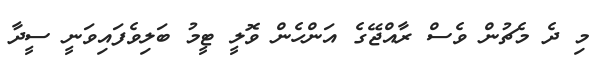
މި ދެ މެޗުން ވެސް ރާއްޖޭގެ އަންހެން ވޮލީ ޓީމު ބަލިވެފައިވަނީ ސީދާ